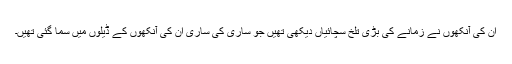
ان کی آنکھوں نے زمانے کی بڑی تلخ سچائیاں دیکھی تھیں جو ساری کی ساری ان کی آنکھوں کے ڈیلوں میں سما گئی تھیں۔